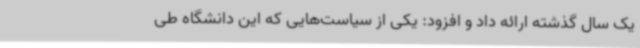
یک سال گذشته ارائه داد و افزود: یکی از سیاست‌هایی که این دانشگاه طی